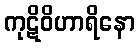
ကုဋိဝိဟာရိနော